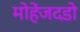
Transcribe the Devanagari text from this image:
मोहेंजदडो